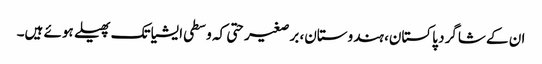
ان کے شاگرد پاکستان، ہندوستان، برصغیر حتی کہ وسطی ایشیا تک پھیلے ہوئے ہیں۔